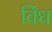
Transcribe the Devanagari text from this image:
विंध